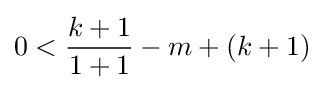
0<{\frac {k+1}{1+1}}-m+(k+1)